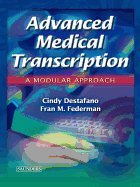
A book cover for Advanced Medical Transcription; Medical Books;